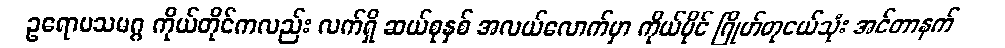
ဥရောပသမဂ္ဂ ကိုယ်တိုင်ကလည်း လက်ရှိ ဆယ်စုနှစ် အလယ်လောက်မှာ ကိုယ်ပိုင် ဂြိုဟ်တုငယ်သုံး အင်တာနက်